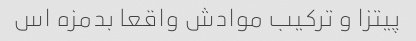
پیتزا و ترکیب موادش واقعا بدمزه اس